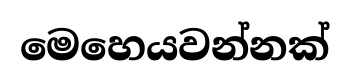
මෙහෙයවන්නක්